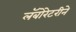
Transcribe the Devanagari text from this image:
लॅबोरेटरीने